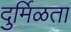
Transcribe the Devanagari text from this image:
दुर्मिळता